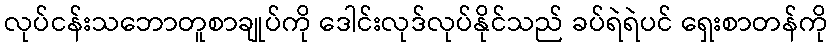
လုပ်ငန်းသဘောတူစာချုပ်ကို ဒေါင်းလုဒ်လုပ်နိုင်သည် ခပ်ရဲရဲပင် ရှေးစာတန်ကို